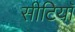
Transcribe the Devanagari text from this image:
सीटियाॅ